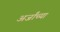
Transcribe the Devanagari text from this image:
अर्जांच्या